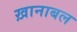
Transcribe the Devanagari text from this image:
ख़ानाबल